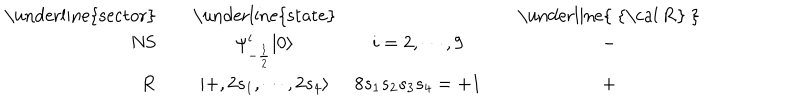
LaTeX: \begin{array} { r c c c c c } { { \mathrm { \underline { { { s e c t o r } } } } } } & { { { } } } & { { \mathrm { \underline { { { s t a t e } } } } } } & { { { } } } & { { { } } } & { { \mathrm { \underline { { { ~ { \cal ~ R } ~ } } } } } } \\ { { \mathrm { N S } } } & { { { } } } & { { \psi _ { - { \frac { 1 } { 2 } } } ^ { i } | 0 \rangle } } & { { i = 2 , \cdots , 9 } } & { { { } } } & { { - } } \\ { { \mathrm { R } } } & { { { } } } & { { | + , 2 s _ { 1 } , \cdots , 2 s _ { 4 } \rangle } } & { { 8 s _ { 1 } s _ { 2 } s _ { 3 } s _ { 4 } = + 1 } } & { { { } } } & { { + } } \\ \end{array}